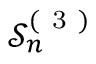
\mathcal { S } _ { n } ^ { ( \mathrm { ~ 3 ~ } ) }